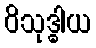
ဝိသုဒ္ဓါယ